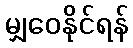
မျှဝေနိုင်ရန်